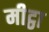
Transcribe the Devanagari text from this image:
मीट्ठा